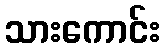
သားကောင်း